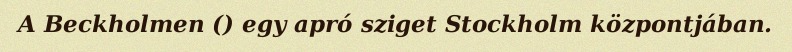
A Beckholmen () egy apró sziget Stockholm központjában.